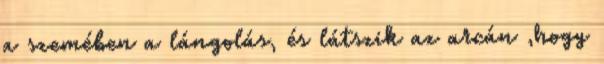
a szemében a lángolás, és látszik az arcán ,hogy